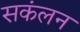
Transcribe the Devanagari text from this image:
सकंलन